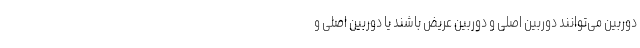
دوربین می‌توانند دوربین اصلی و دوربین عریض باشند یا دوربین اصلی و